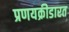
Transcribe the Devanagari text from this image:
प्रणयक्रीडारत